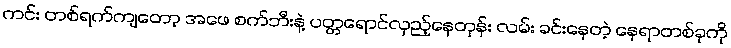
ကင်း တစ်ရက်ကျတော့ အဖေ စက်ဘီးနဲ့ ပတ္တရောင်လှည့်နေတုန်း လမ်း ခင်းနေတဲ့ နေရာတစ်ခုကို